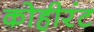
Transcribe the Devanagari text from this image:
कोहीरंट